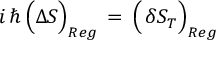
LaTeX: i \, \hbar \, \Big ( \Delta S \Big ) _ { R e g } \, = \, \Big ( \, \delta S _ { T } \Big ) _ { R e g }